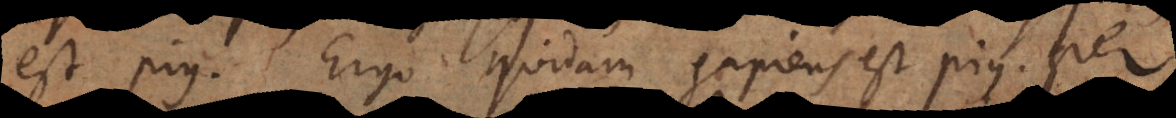
est pius, Ergo quidam sapiens est pius, per